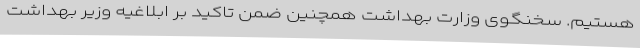
هستیم. سخنگوی وزارت بهداشت همچنین ضمن تاکید بر ابلاغیه وزیر بهداشت